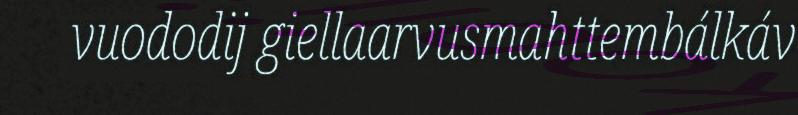
vuododij giellaarvusmahttembálkáv